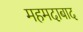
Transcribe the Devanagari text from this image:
महमदाबाद